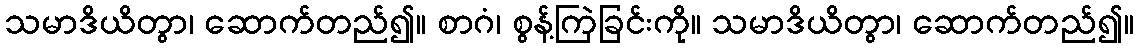
သမာဒိယိတွာ၊ ဆောက်တည်၍။ စာဂံ၊ စွန့်ကြဲခြင်းကို။ သမာဒိယိတွာ၊ ဆောက်တည်၍။